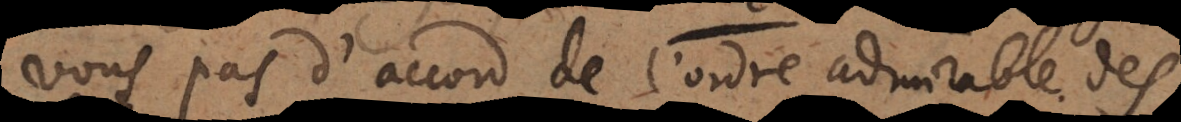
vous pas d’accord de l’ordre admirable des